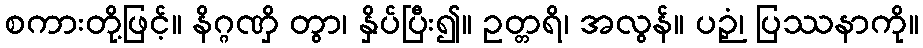
စကားတို့ဖြင့်။ နိဂ္ဂဏှိ တွာ၊ နှိပ်ပြီး၍။ ဥတ္တရိ၊ အလွန်။ ပဉှံ၊ ပြဿနာကို။